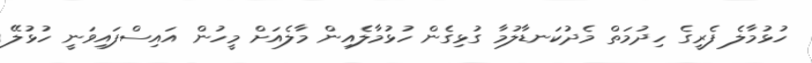
ހުޅުމާލެ ފެރީގެ ހިދުމަތް މެދުކަނޑާލުމާ ގުޅިގެން ހުޅުމާލެއިން މާލެއަށް މީހުން އައިސްފައިވަނީ ހުޅުލޭ